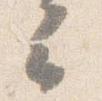
云